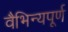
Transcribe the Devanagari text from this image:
वैभिन्यपूर्ण